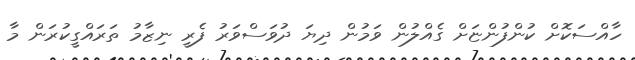
ހާއްސަކޮށް ކުންފުންޏަށް ގެއްލުން ވަމުން ދިޔަ ދުވަސްވަރު ފެރީ ނިޒާމު ތަރައްގީކުރަން މާ